Annual report of the Punjab Veterinary College and of the Civil Veterinary Department, Punjab - 1926-1932
Year: 1926
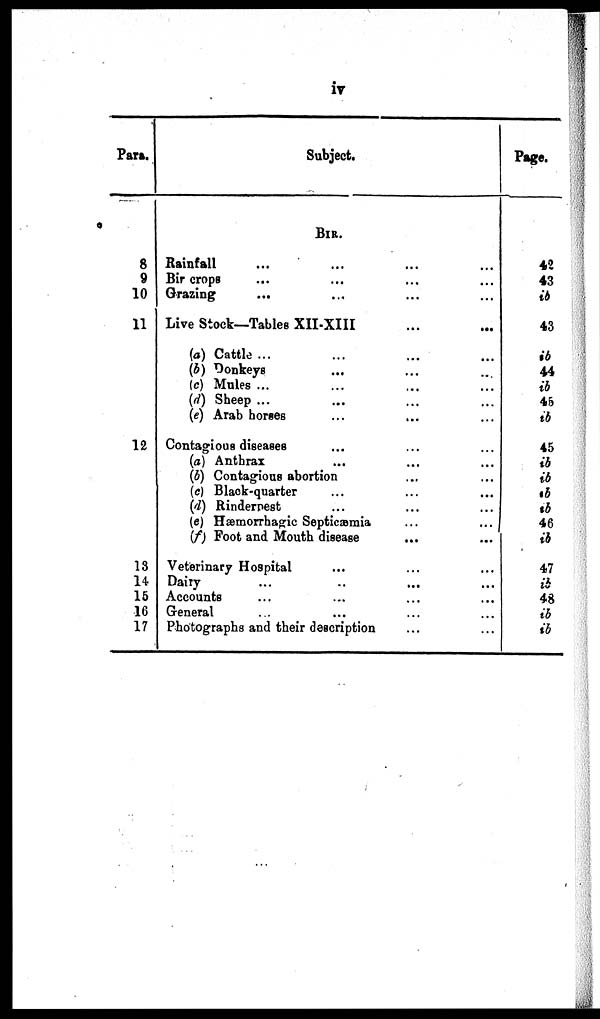
iv
Para.
8
9
10
11
12
13
14
15
16
17
Subject.
BIR.
Rainfall ... ... ... ...
Bir crops ... ... ... ...
Grazing ... ... ... ...
Live Stock—Tables XII-XIII ... ...
(a) Cattle ... ... ...
(b) Donkeys ... ... ...
(c) Mules ... ... ...
(d) Sheep ... ... ...
(e) Arab horses ... ... ...
Contagious diseases
(a) Anthrax ... ... ...
(b) Contagious abortion ... ... ...
(c) Black-quarter ... ... ...
(d) Rinderpest ... ... ...
(e) Hæmorrhagic Septicæmia ... ...
(f) Foot and Mouth disease ... ...
Veterinary Hospital ... ... ...
Dairy ... ... ...
Accounts ... ... ...
General ... ... ...
Photographs and their description ... ... ...
Page.
42
43
ib
43
ib
44
ib
45
ib
45
ib
ib
ib
ib
46
ib
47
ib
48
ib
ib